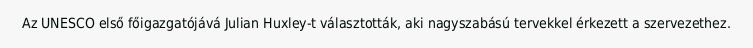
Az UNESCO első főigazgatójává Julian Huxley-t választották, aki nagyszabású tervekkel érkezett a szervezethez.